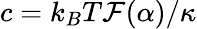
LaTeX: c=k_{B}T\mathcal{F}(\alpha)/\kappa